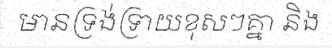
មានទ្រង់ទ្រាយខុសៗគ្នា និង